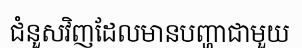
ជំនួសវិញដែលមានបញ្ហាជាមួយ